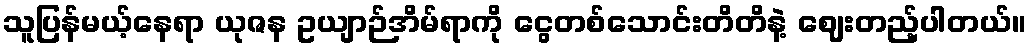
သူပြန်မယ့်နေရာ ယုဇန ဥယျာဉ်အိမ်ရာကို ငွေတစ်သောင်းတိတိနဲ့ ဈေးတည့်ပါတယ်။